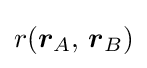
\displaystyle r({\boldsymbol {r}}_{A},\,{\boldsymbol {r}}_{B})